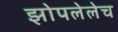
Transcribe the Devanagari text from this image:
झोपलेलेच